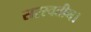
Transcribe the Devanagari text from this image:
सरस्वतीम।